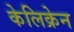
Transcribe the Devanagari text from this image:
केलिक्रेन